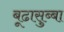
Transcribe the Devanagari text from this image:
बूढासुब्बा